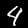
Label: 4